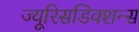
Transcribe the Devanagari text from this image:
ज्यूरिसडिक्शन्स